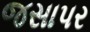
જસાપર